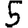
Digit: 5